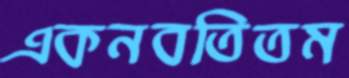
একনবতিতম